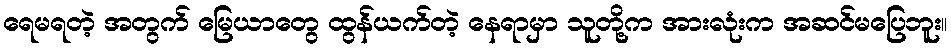
ရေမရတဲ့ အတွက် မြေယာတွေ ထွန်ယက်တဲ့ နေရာမှာ သူတို့က အားလုံးက အဆင်မပြေဘူး။